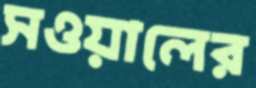
সওয়ালের